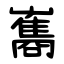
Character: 雟